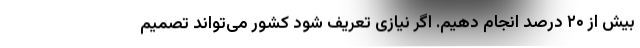
بیش از ۲۰ درصد انجام دهیم. اگر نیازی تعریف شود کشور می‌تواند تصمیم